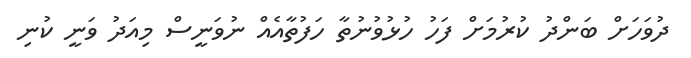
ދުވަހަށް ބަންދު ކުރުމަށް ފަހު ހުޅުވުނުތާ ހަފުތާއެއް ނުވަނީސް މިއަދު ވަނީ ކުނި